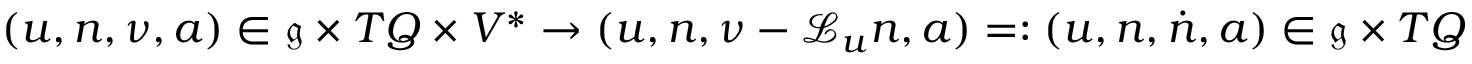
\begin{array} { r } { ( u , n , \nu , a ) \in \mathfrak { g } \times T Q \times V ^ { * } \rightarrow ( u , n , \nu - \mathcal { L } _ { u } n , a ) = : ( u , n , \dot { n } , a ) \in \mathfrak { g } \times T Q \times V ^ { * } \, , } \end{array}